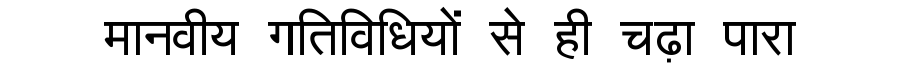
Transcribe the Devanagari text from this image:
मानवीय गतिविधियों से ही चढ़ा पारा